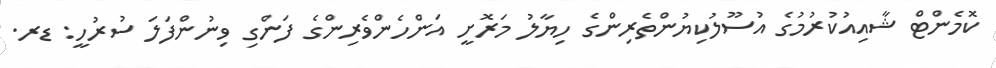
ކޮމެންޓް ޝާއިއުކުރުމުގެ އުސޫލުކިޔުންތެރިންގެ ހިޔާލު މަރޮށީ އަންހެންވެރިންގެ ފަންގި ވިނުންފަލަ ސުރުހީ: ޑރ.